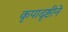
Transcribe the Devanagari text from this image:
कृपादृष्टीने